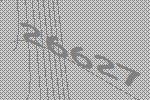
26627